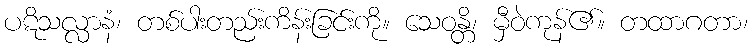
ပဋိသလ္လာနံ၊ တစ်ပါးတည်းကိန်းခြင်းကို။ သေဝန္တိ၊ မှီဝဲကုန်၏။ တထာဂတာ၊